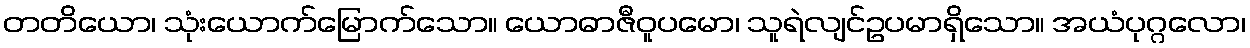
တတိယော၊ သုံးယောက်မြောက်သော။ ယောဓာဇီဝူပမော၊ သူရဲလျင်ဥပမာရှိသော။ အယံပုဂ္ဂလော၊